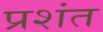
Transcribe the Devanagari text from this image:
प्रशंत